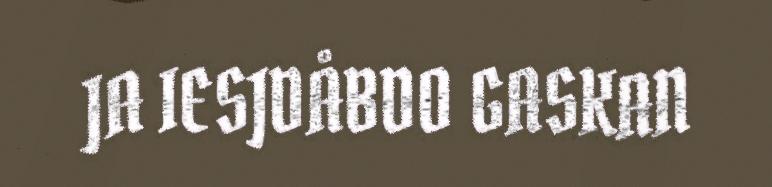
JA IESJDÅBDO GASKAN